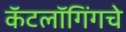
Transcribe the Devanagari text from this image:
कॅटलॉगिंगचे